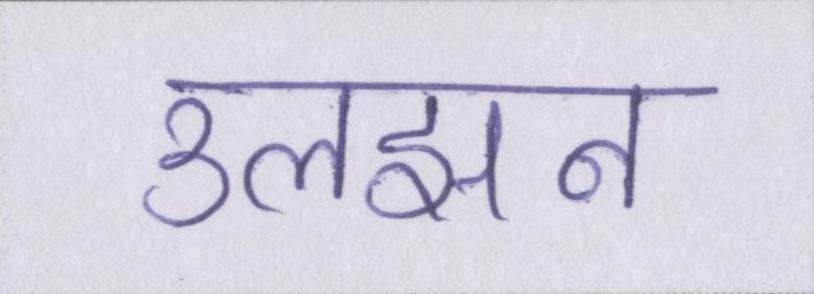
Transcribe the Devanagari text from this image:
उलझन